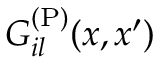
G _ { i l } ^ { \mathrm { ( P ) } } ( x , x ^ { \prime } )